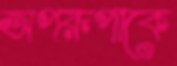
অপরূপাকে